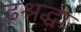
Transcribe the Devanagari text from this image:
ढश्रद्धा